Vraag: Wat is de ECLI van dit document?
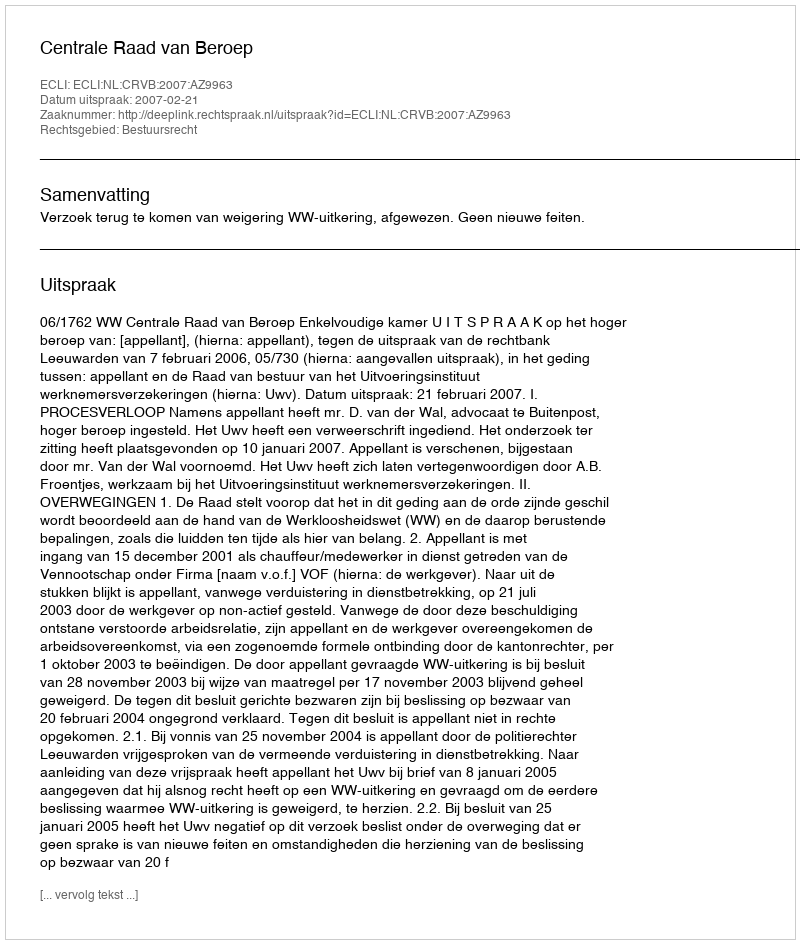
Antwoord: ECLI:NL:CRVB:2007:AZ9963